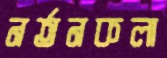
নর্তনকলা